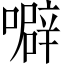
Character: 噼